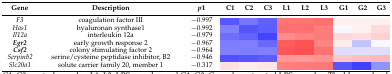
<table><thead><tr><td><b>Gene</b></td><td><b>Description</b></td><td><b><i>p</i>1</b></td><td><b>C1</b></td><td><b>C2</b></td><td><b>C3</b></td><td><b>L1</b></td><td><b>L2</b></td><td><b>L3</b></td><td><b>G1</b></td><td><b>G2</b></td><td><b>G3</b></td></tr></thead><tbody><tr><td><i>F3</i></td><td>coagulation factor III</td><td>−0.997</td><td></td><td></td><td></td><td></td><td></td><td></td><td></td><td></td><td></td></tr><tr><td><i>Has1</i></td><td>hyaluronan synthase1</td><td>−0.992</td><td></td><td></td><td></td><td></td><td></td><td></td><td></td><td></td><td></td></tr><tr><td><i>Il12a</i></td><td>interleukin 12a</td><td>−0.979</td><td></td><td></td><td></td><td></td><td></td><td></td><td></td><td></td><td></td></tr><tr><td><b><i>Egr2</i></b></td><td>early growth response 2</td><td>−0.967</td><td></td><td></td><td></td><td></td><td></td><td></td><td></td><td></td><td></td></tr><tr><td><b><i>Csf2</i></b></td><td>colony stimulating factor 2</td><td>−0.964</td><td></td><td></td><td></td><td></td><td></td><td></td><td></td><td></td><td></td></tr><tr><td><i>Serpinb2</i></td><td>serine/cysteine peptidase inhibitor, B2</td><td>−0.946</td><td></td><td></td><td></td><td></td><td></td><td></td><td></td><td></td><td></td></tr><tr><td><i>Slc20a1</i></td><td>solute carrier family 20, member 1</td><td>−0.317</td><td></td><td></td><td></td><td></td><td></td><td></td><td></td><td></td><td></td></tr></tbody></table>